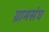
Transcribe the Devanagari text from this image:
ग्रामसंघ